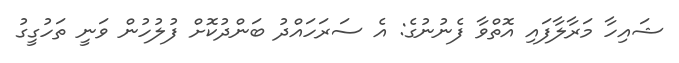
ޝައިހާ މަރާލާފައި އޮތްވާ ފެނުނުގެ: އެ ސަރަހައްދު ބަންދުކޮށް ފުލުހުން ވަނީ ތަހުގީގު